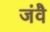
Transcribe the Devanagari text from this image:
जंवै